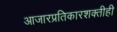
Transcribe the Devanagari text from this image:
आजारप्रतिकारशक्तीही